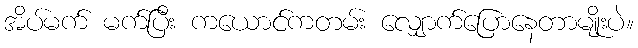
အိပ်မက် မက်ပြီး ကယောင်ကတမ်း လျှောက်ပြောနေတာမျိုးပဲ။